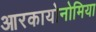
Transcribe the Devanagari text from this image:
आरकायोनोमिया